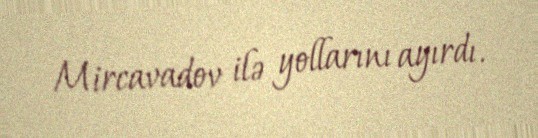
Mircavadov ilə yollarını ayırdı.